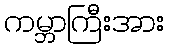
ကမ္ဘာကြီးအား